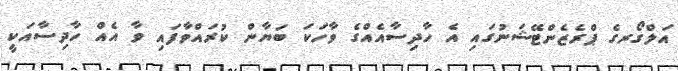
އަލްގޯރގެ ޕްރެޒެންޓޭޝަނުގައި އެ ހާދިސާއެއްގެ ވާހަކަ ބަޔާން ކުރައްވާފައި ވާ އެއް ހާދިސާއަކީ